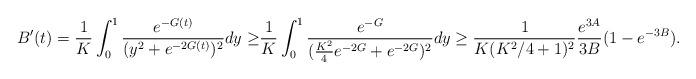
LaTeX: \begin{align*}B'(t)=\frac{1}{K}\int_{0}^1\frac{e^{-G(t)}}{(y^2+e^{-2G(t)})^2}dy\geq& \frac{1}{K}\int_{0}^1\frac{e^{-G}}{(\frac{K^2}{4}e^{-2G}+e^{-2G})^2}dy\geq\frac{1}{K(K^2/4+1)^2}\frac{e^{3A}}{3B}(1-e^{-3B}).\end{align*}